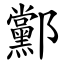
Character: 䣣